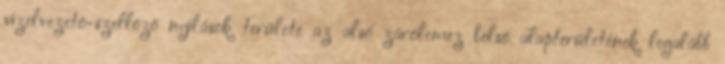
vízelvezetõ-szellõzõ nyílások területe az alsó zárólemez belsõ alapterületének legalább